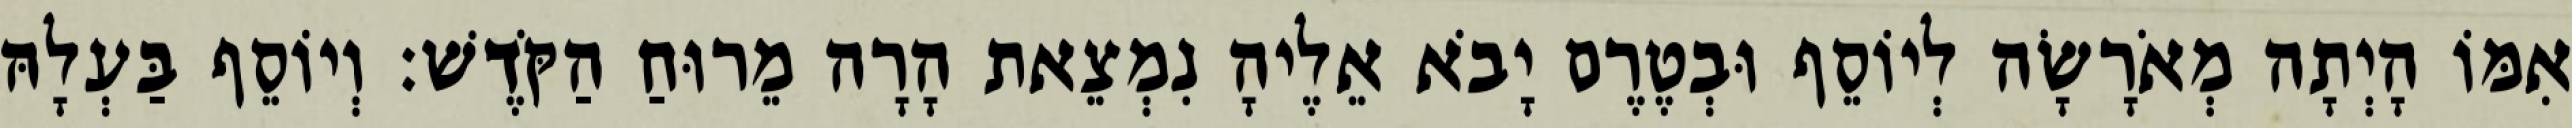
אִמּוֹ הָיְתָה מְאֹרָשָׂה לְיוֹסֵף וּבְטֶרֶם יָבֹא אֵלֶיהָ נִמְצֵאת הָרָה מֵרוּחַ הַקֹּדֶשׁ׃ וְיוֹסֵף בַּעְלָהּ